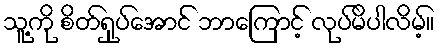
သူ့ကို စိတ်ရှုပ်အောင် ဘာကြောင့် လုပ်မိပါလိမ့်။